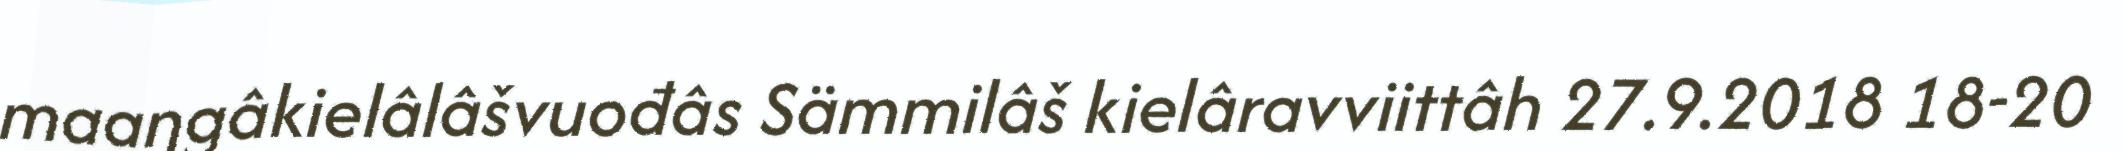
maaŋgâkielâlâšvuođâs Sämmilâš kielâravviittâh 27.9.2018 18-20